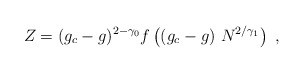
\begin{align*}Z = (g_c-g)^{ 2-\gamma_ 0}f \left((g_c-g) \ N^{2/\gamma_ 1}\right) \ ,\end{align*}